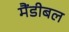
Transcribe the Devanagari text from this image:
मैंडीबल